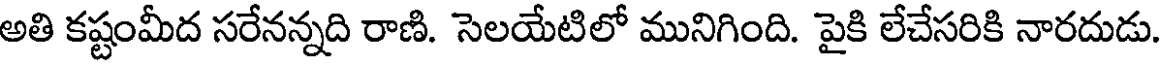
అతి కష్టంమీద సరేనన్నది రాణి. సెలయేటిలో మునిగింది. పైకి లేచేసరికి నారదుడు.